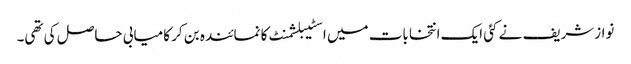
نوازشریف نے کئی ایک انتخابات میں اسٹیبلشمنٹ کا نمائندہ بن کر کامیابی حاصل کی تھی۔